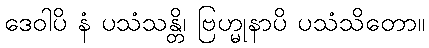
ဒေဝါပိ နံ ပသံသန္တိ၊ ဗြဟ္မုနာပိ ပသံသိတော။